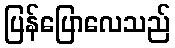
ပြန်ပြောလေသည်